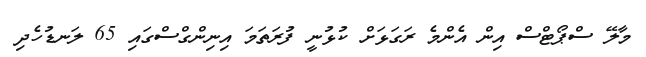
މާލޭ ސްޕޯޓްސް އިން އެންމެ ރަގަޅަށް ކުޅުނީ ފުރަތަމަ އިނިންގްސްގައި 65 ލަނޑުހެދި